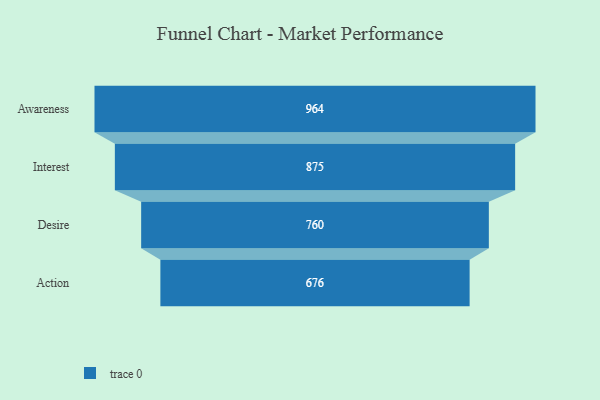
{"axis": {"x": "Stage", "y": "Value"}, "legend": [""], "data": [{"x": "Awareness", "y": 964.0, "type": ""}, {"x": "Interest", "y": 875.0, "type": ""}, {"x": "Desire", "y": 760.0, "type": ""}, {"x": "Action", "y": 676.0, "type": ""}]}